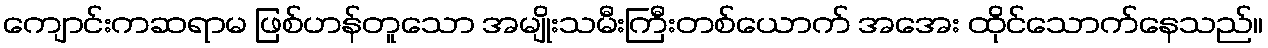
ကျောင်းကဆရာမ ဖြစ်ဟန်တူသော အမျိုးသမီးကြီးတစ်ယောက် အအေး ထိုင်သောက်နေသည်။